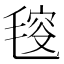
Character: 𣮬